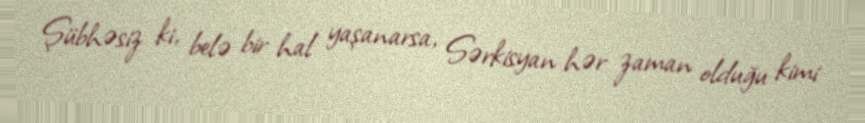
Şübhəsiz ki, belə bir hal yaşanarsa, Sərkisyan hər zaman olduğu kimi